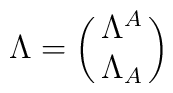
\Lambda=\left(\matrix{ \Lambda^A \cr \Lambda_A }\right)